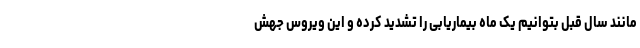
مانند سال قبل بتوانیم یک ماه بیماریابی را تشدید کرده و این ویروس جهش